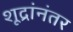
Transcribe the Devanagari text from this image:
शूद्रांनंतर